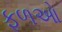
ફળઓ